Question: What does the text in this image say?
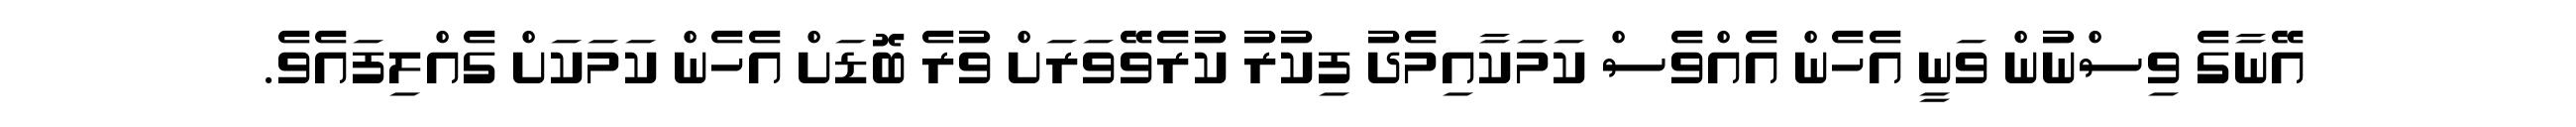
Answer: އޭނާގެ ވިސްނުން ވަނީ އެހެން އެއްވެސް ކަމަކާއިމެދު ފިކުރު ކުރެވޭވަރަށް ވުރެ ބޮޑަށް އެހެން ކަމަކަށް ގެއްލިފައެވެ.